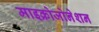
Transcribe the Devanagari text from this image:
माइक्रोजोनेशन